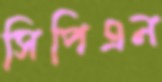
সিপিএন